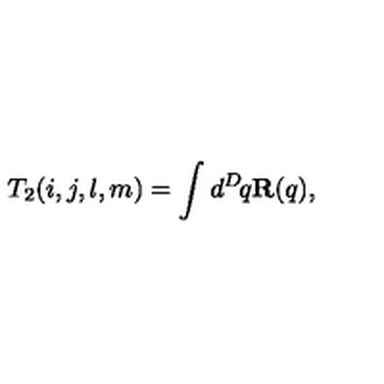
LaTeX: T _ { 2 } ( i , j , l , m ) = \int d ^ { D } \! q { \bf R } ( q ) ,